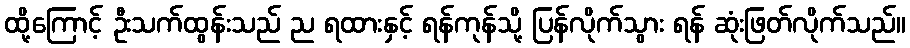
ထို့ကြောင့် ဦးသက်ထွန်းသည် ည ရထားနှင့် ရန်ကုန်သို့ ပြန်လိုက်သွား ရန် ဆုံးဖြတ်လိုက်သည်။